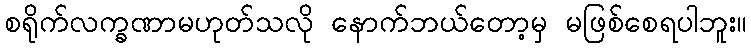
စရိုက်လက္ခဏာမဟုတ်သလို နောက်ဘယ်တော့မှ မဖြစ်စေရပါဘူး။